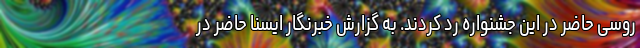
روسی حاضر در این جشنواره رد کردند. به گزارش خبرنگار ایسنا حاضر در